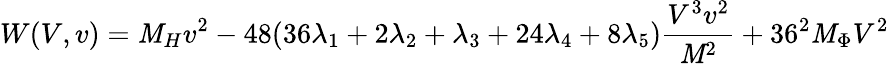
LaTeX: W(V,v)=\mathit{M}_{H}v^{2}-48(36\lambda_{1}+2\lambda_{2}+\lambda_{3}+24\lambda_{4}+8\lambda_{5})\frac{{V^{3}v^{2}}}{{\mathit{M}^{2}}}+36^{2}\mathit{M}_{\Phi}V^{2}